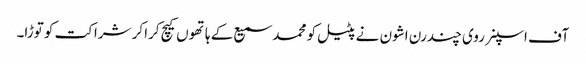
آف اسپنر روی چندرن اشون نے پٹیل کو محمد سمیع کے ہاتھوں کیچ کراکر شراکت کو توڑا۔